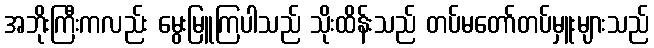
အဘိုးကြီးကလည်း မွေးမြူကြပါသည် သိုးထိန်းသည် တပ်မတော်တပ်မှူးများသည်